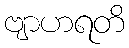
ဗျာဟရတိ